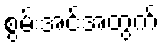
စွမ်းအင်အတွက်